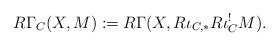
\begin{align*}R\Gamma_{C}(X,M):= R\Gamma(X, R\iota_{C,*} R\iota_{C}^{!} M). \end{align*}